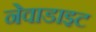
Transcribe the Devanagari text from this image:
नेवाडाइट